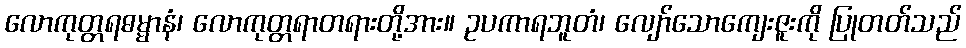
လောကုတ္တရဓမ္မာနံ၊ လောကုတ္တရာတရားတို့အား။ ဥပကာရဘူတံ၊ လျော်သောကျေးဇူးကို ပြုတတ်သည်